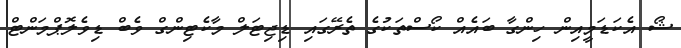
ޝޯ އެކަޑަމީއިން ހިންގާ ބައެއް ކޯސްތަކުގެ ތެރޭގައި ޑިޖިޓަލް މާކެޓިންގް ވެބް ޑިވެލޮޕްމަންޓް